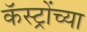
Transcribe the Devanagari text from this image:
कॅस्ट्रोंच्या